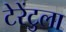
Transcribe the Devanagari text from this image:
टेरेंटुला